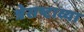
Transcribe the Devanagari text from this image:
त्रेसष्टाव्या